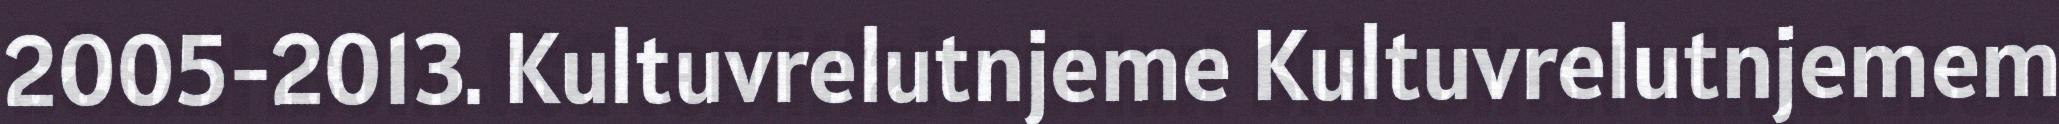
2005-2013. Kultuvrelutnjeme Kultuvrelutnjemem